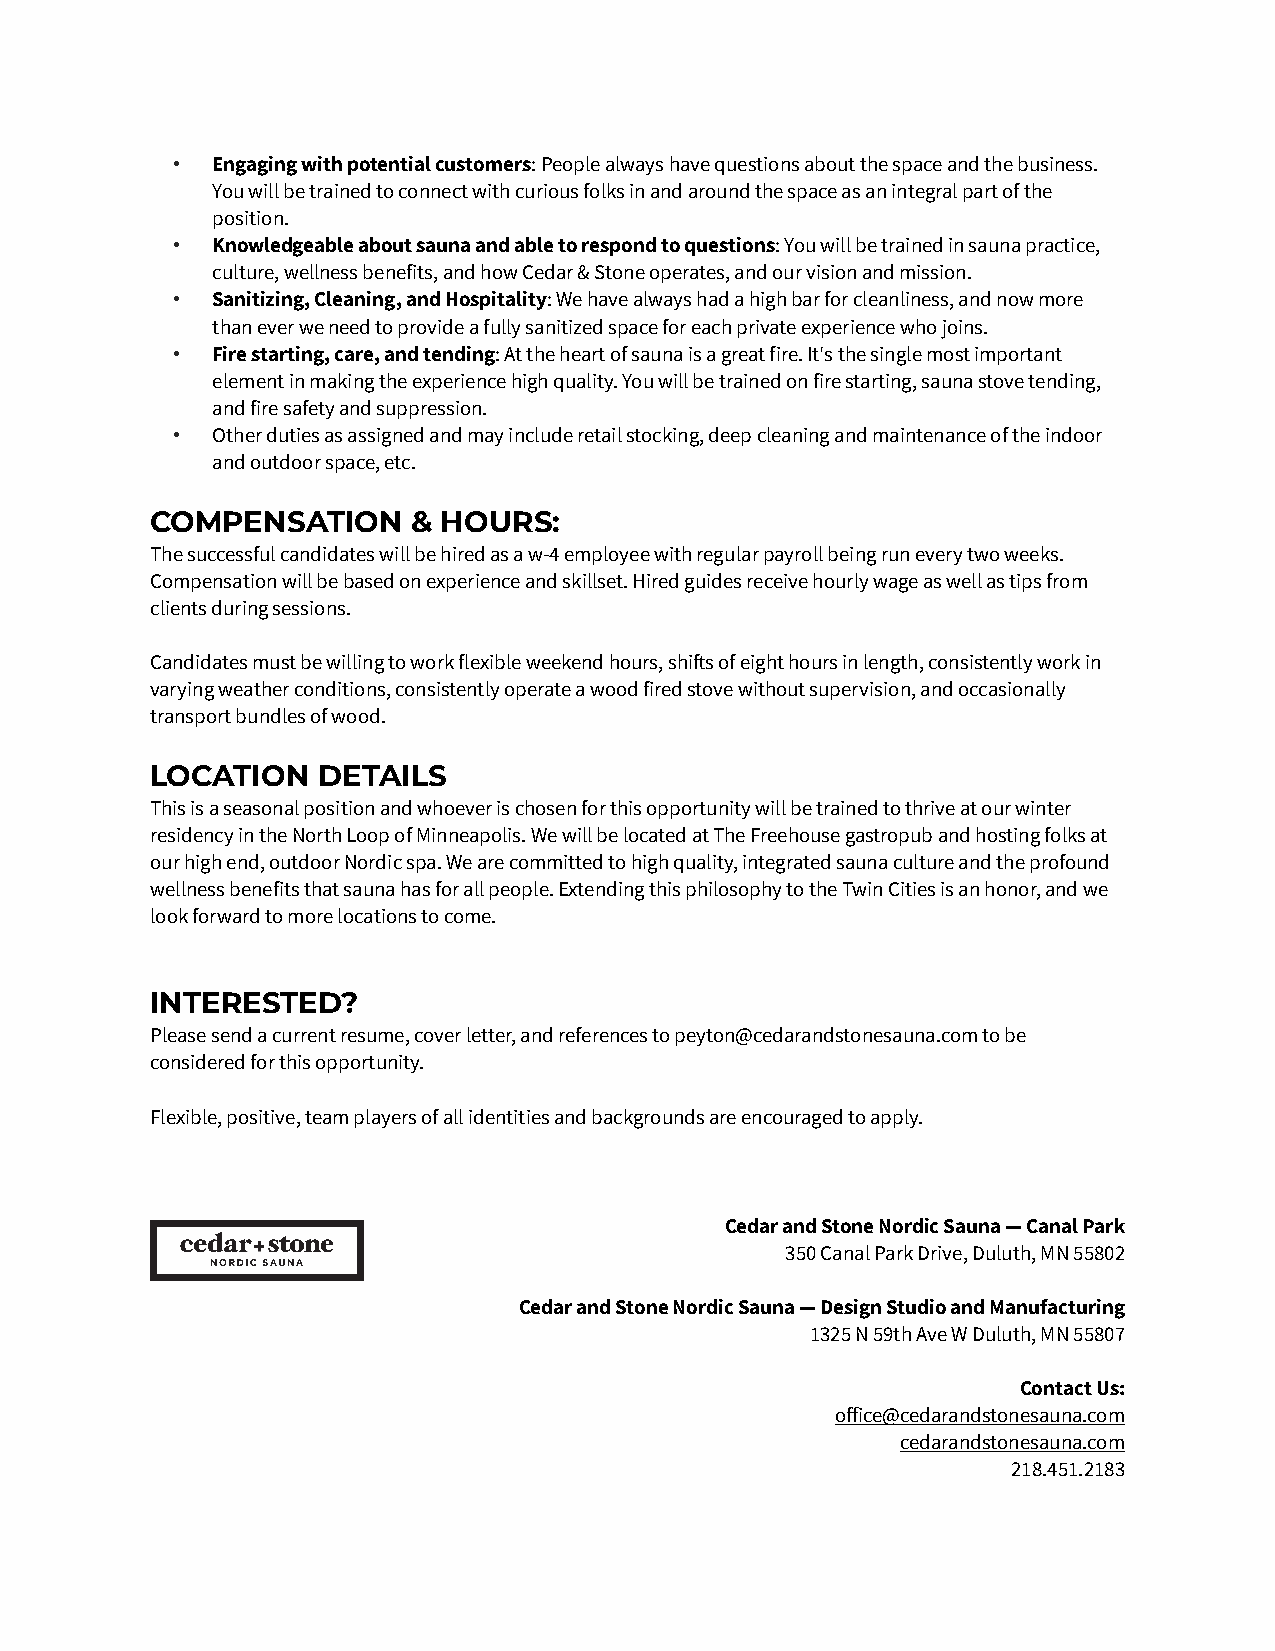
•  Engaging with potential customers: People always have questions about the space and the business.
 You will be trained to connect with curious folks in and around the space as an integral part of the
 position.
 •  Knowledgeable about sauna and able to respond to questions: You will be trained in sauna practice,
 culture, wellness benefits, and how Cedar & Stone operates, and our vision and mission.
 •  Sanitizing, Cleaning, and Hospitality: We have always had a high bar for cleanliness, and now more
 than ever we need to provide a fully sanitized space for each private experience who joins.
 •  Fire starting, care, and tending: At the heart of sauna is a great fire. It's the single most important
 element in making the experience high quality. You will be trained on fire starting, sauna stove tending,
 and fire safety and suppression.
 •  Other duties as assigned and may include retail stocking, deep cleaning and maintenance of the indoor
 and outdoor space, etc.
 COMPENSATION     & HOURS:
 The successful candidates will be hired as a w-4 employee with regular payroll being run every two weeks.
 Compensation will be based on experience and skillset. Hired guides receive hourly wage as well as tips from
 clients during sessions.
 Candidates must be willing to work flexible weekend hours, shifts of eight hours in length, consistently work in
 varying weather conditions, consistently operate a wood fired stove without supervision, and occasionally
 transport bundles of wood.
 LOCATION   DETAILS
 This is a seasonal position and whoever is chosen for this opportunity will be trained to thrive at our winter
 residency in the North Loop of Minneapolis. We will be located at The Freehouse gastropub and hosting folks at
 our high end, outdoor Nordic spa. We are committed to high quality, integrated sauna culture and the profound
 wellness benefits that sauna has for all people. Extending this philosophy to the Twin Cities is an honor, and we
 look forward to more locations to come.
 INTERESTED?
 Please send a current resume, cover letter, and references to peyton@cedarandstonesauna.com to be
 considered for this opportunity.
 Flexible, positive, team players of all identities and backgrounds are encouraged to apply.
 Cedar and Stone Nordic Sauna — Canal Park
 350 Canal Park Drive, Duluth, MN 55802
 Cedar and Stone Nordic Sauna — Design Studio and Manufacturing
 1325 N 59th Ave W Duluth, MN 55807
 Contact Us:
 office@cedarandstonesauna.com
 cedarandstonesauna.com
 218.451.2183